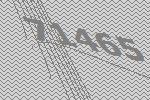
71465